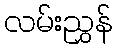
လမ်းညွှန်